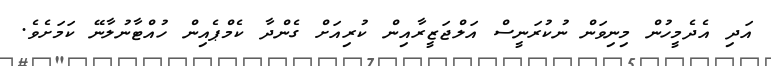
އަދި އެދެމީހުން މިނިވަން ނުކުރަނީސް އަލްޖަޒީރާއިން ކުރިއަށް ގެންދާ ކެމްޕެއިން ހުއްޓާނުލާނޭ ކަމަށެވެ.